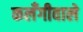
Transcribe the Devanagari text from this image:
कलँगीवाले